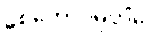
စေတောဝိမုတ္တိံပေ